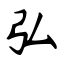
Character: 弘